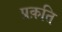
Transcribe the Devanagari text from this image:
प्रक़ति